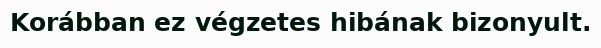
Korábban ez végzetes hibának bizonyult.